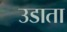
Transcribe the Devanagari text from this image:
उडाता